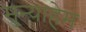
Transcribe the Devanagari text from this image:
मुन्याहेम